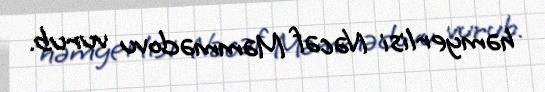
həmyerlisi Nəcəf Məmmədovu vurub.